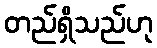
တည်ရှိသည်ဟု